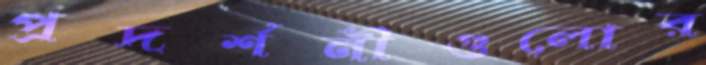
প্রদর্শনীগুলোর